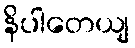
နိပါတေယျ